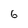
Character: 6